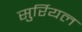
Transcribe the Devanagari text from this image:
सुर्रियल